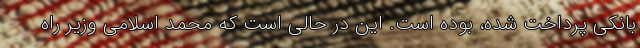
بانکی پرداخت شده، بوده است. این در حالی است که محمد اسلامی وزیر راه